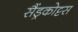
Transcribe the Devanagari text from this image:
सैंड्रकोट्टस